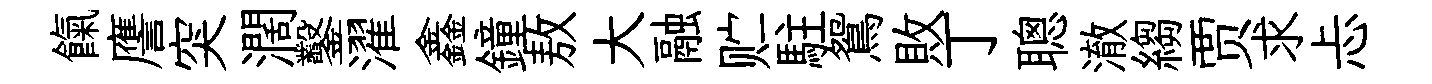
餼譍突濶鑿濯鑫鐘敖大融贮駐鴛敗丁聰澈縐贾求忐